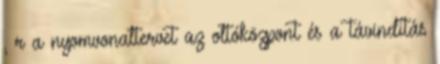
, r a nyomvonaltervet az oltóközpont és a távindítás